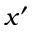
x ^ { \prime }